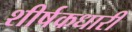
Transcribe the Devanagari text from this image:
शीर्षकधारी